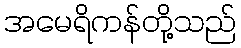
အမေရိကန်တို့သည်